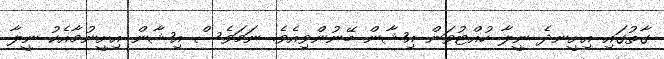
ގާތުގައި އިށީނދެ ނީލާ ހުއްޓުވަން އިޝާން ބޭނުންވިއެވެ. ނަމަވެސް އިޝާން އިށީނުމާއެކު ނީލާ